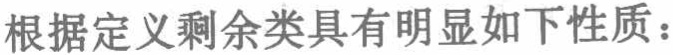
根据定义剩余类具有明显如下性质：